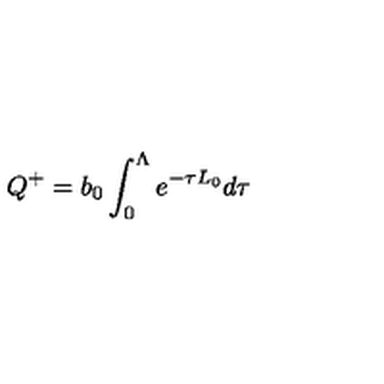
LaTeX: Q ^ { + } = b _ { 0 } \int _ { 0 } ^ { \Lambda } e ^ { - \tau L _ { 0 } } d \tau